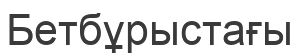
Бетбұрыстағы